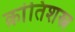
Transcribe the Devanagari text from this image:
क्रांतिशस्त्र